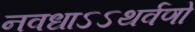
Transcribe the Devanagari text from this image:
नवधाऽऽथर्वणो